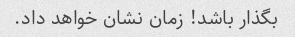
بگذار باشد! زمان نشان خواهد داد.